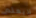
لايعلم